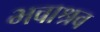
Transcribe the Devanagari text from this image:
भवाश्रव